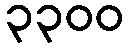
၃၃၀၀